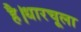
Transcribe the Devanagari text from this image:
है।धारचूला